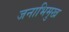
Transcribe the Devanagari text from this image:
जनाभिमुख